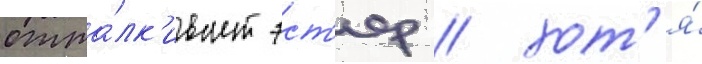
отта́лк'ивает эст'ер / хот'я́